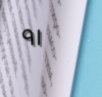
٩١